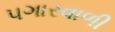
પગારવાળી